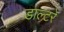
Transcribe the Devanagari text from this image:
डाल्टरे